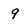
Character: 9